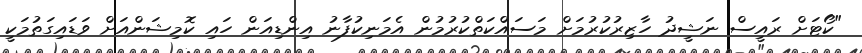
"ކޯޓަށް ރައީސް ނަޝީދު ހާޒިރުކުރުމަށް މަސައްކަތްކުރުމުން އެމަނިކުފާނު އިންޑިއަން ހައި ކޮމިޝަންއަށް ވަޑައިގަތުމަކީ